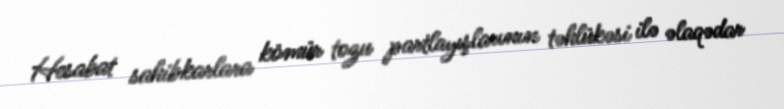
Hesabat sahibkarlara kömür tozu partlayışlarının təhlükəsi ilə əlaqədar